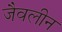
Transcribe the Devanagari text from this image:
जैवलीन